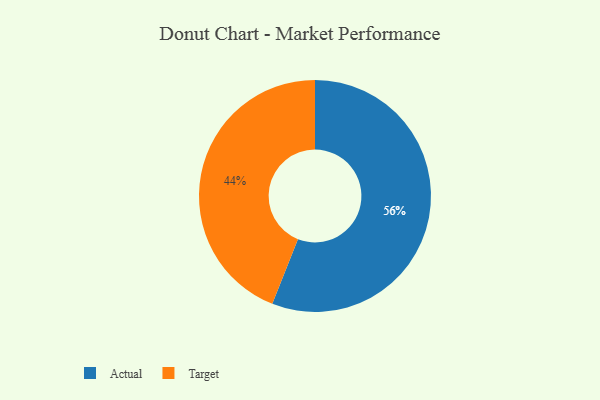
{"axis": {"x": "Category", "y": "Percentage"}, "legend": ["Actual", "Target"], "data": [{"x": "Actual", "y": 56, "type": "Actual"}, {"x": "Target", "y": 44, "type": "Target"}]}